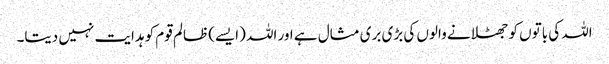
اللہ کی باتوں کو جھٹلانے والوں کی بڑی بری مثال ہے اور اللہ (ایسے) ظالم قوم کو ہدایت نہیں دیتا۔